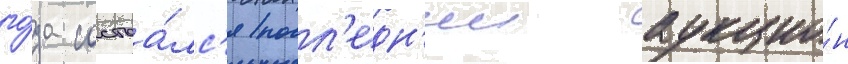
го́да состоа́лс'я посл'едн'ии аукцио́н